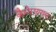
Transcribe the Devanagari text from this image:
कैमेरायगल